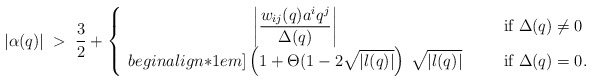
\begin{align*}|\alpha(q)| \;>\; \frac{3}{2} + \left\{ \begin{array}{ccl}\displaystyle \left| \frac{w_{ij}(q) a^i q^j}{\Delta(q)} \right|&\;\;\;& {\mbox{if $\Delta(q) \neq 0$}} \\begin{align*}1em]\displaystyle \left(1+\Theta(1-2\sqrt{|l(q)|} \right)\: \sqrt{|l(q)|}&& {\mbox{if $\Delta(q)=0$}}. \end{array} \right.\end{align*}